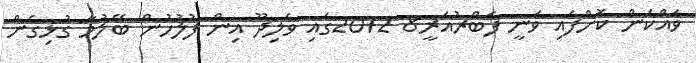
ވައްކަން ކޮށްފައި ވަނީ ފެބްރުއަރީ8 2012ގައި ވެލިދޫ އިން ފުލުހުން ބޭލުމާ ގުޅިގެން